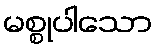
မစ္စုပါသော